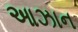
આઝાન